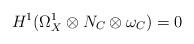
LaTeX: \begin{align*} H^1(\Omega_X^1\otimes N_C\otimes\omega_C)=0 \end{align*}